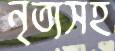
নৃত্যসহ